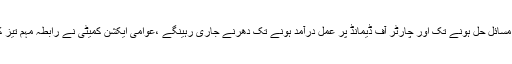
اور بنیادی مسائل حل ہونے تک اور چارٹر آف ڈیمانڈ پر عمل درآمد ہونے تک دھرنے جاری رہینگے ،عوامی ایکشن کمیٹی نے رابطہ مہم تیز کر دیا ہے ۔